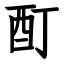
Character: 酊